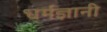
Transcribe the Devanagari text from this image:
धर्मज्ञानी